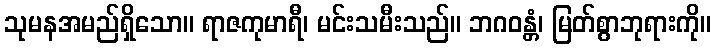
သုမနအမည်ရှိသော။ ရာဇကုမာရီ၊ မင်းသမီးသည်။ ဘဂဝန္တံ၊ မြတ်စွာဘုရားကို။